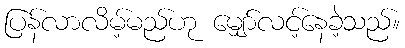
ပြန်လာလိမ့်မည်ဟု မျှော်လင့်နေခဲ့သည်။